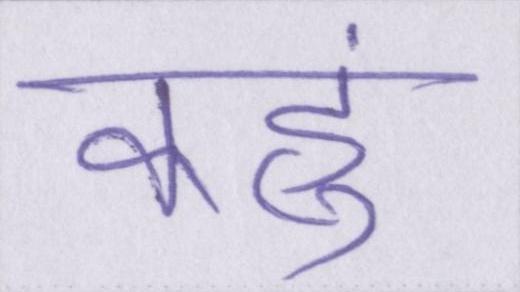
कहुं